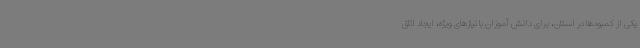
یکی از کمبودها در استان، برای دانش آموزان با نیازهای ویژه، ایجاد اتاق